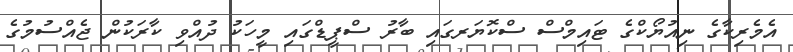
އެމެރިކާގެ ނިއުޔޯކްގެ ޓައިމްސް ސްކޮޔަރގައި ބާރު ސްޕީޑްގައި މީހަކު ދުއްވި ކާރަކުން ޖެއްސުމުގެ